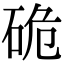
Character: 硊